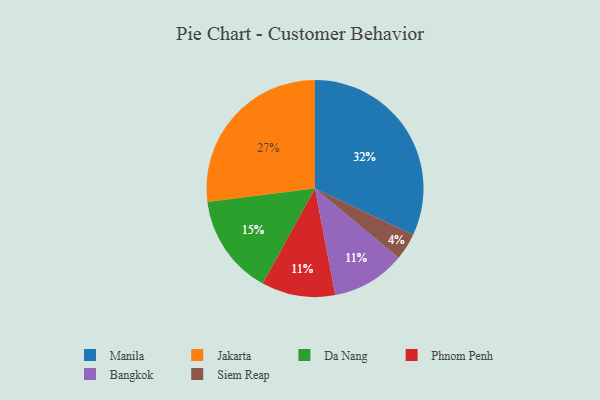
{"axis": {"x": "Category", "y": "Percentage"}, "legend": ["Bangkok", "Da Nang", "Jakarta", "Manila", "Phnom Penh", "Siem Reap"], "data": [{"x": "Siem Reap", "y": 4, "type": "Siem Reap"}, {"x": "Phnom Penh", "y": 11, "type": "Phnom Penh"}, {"x": "Jakarta", "y": 27, "type": "Jakarta"}, {"x": "Manila", "y": 32, "type": "Manila"}, {"x": "Da Nang", "y": 15, "type": "Da Nang"}, {"x": "Bangkok", "y": 11, "type": "Bangkok"}]}